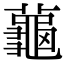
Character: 𬟏